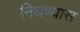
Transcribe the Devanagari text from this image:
निघण्यास